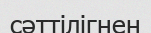
сәттілігнен